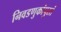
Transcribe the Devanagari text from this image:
निवडणुकांपुरतं